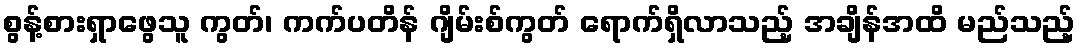
စွန့်စားရှာဖွေသူ ကွတ်၊ ကက်ပတိန် ဂျိမ်းစ်ကွတ် ရောက်ရှိလာသည့် အချိန်အထိ မည်သည့်